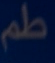
طَمْ